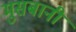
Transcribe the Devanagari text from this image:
मुसबानी